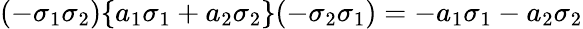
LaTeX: (-\sigma_{1}\sigma_{2})\{ a_{1}\sigma_{1}+a_{2}\sigma_{2}\} (-\sigma_{2}\sigma_{1})=-a_{1}\sigma_{1}-a_{2}\sigma_{2}